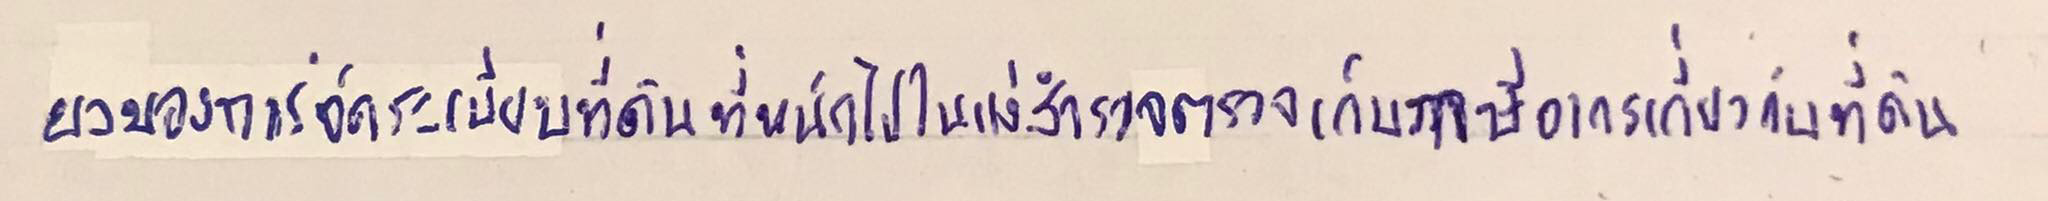
ผลของการจัดระเบียบที่ดินที่หนักไปในแง่สำรวจตรวจเก็บภาษีอากรเกี่ยวกับที่ดิน